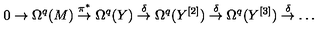
0 \to \Omega ^ { q } ( M ) \stackrel { \pi ^ { * } } { \to } \Omega ^ { q } ( Y ) \stackrel { \delta } { \to } \Omega ^ { q } ( Y ^ { [ 2 ] } ) \stackrel { \delta } { \to } \Omega ^ { q } ( Y ^ { [ 3 ] } ) \stackrel { \delta } { \to } \dots